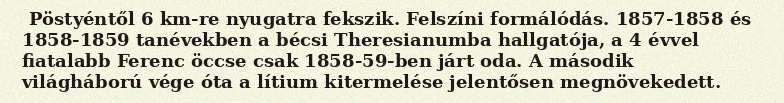
Pöstyéntől 6 km-re nyugatra fekszik. Felszíni formálódás. 1857-1858 és 1858-1859 tanévekben a bécsi Theresianumba hallgatója, a 4 évvel fiatalabb Ferenc öccse csak 1858-59-ben járt oda. A második világháború vége óta a lítium kitermelése jelentősen megnövekedett.